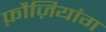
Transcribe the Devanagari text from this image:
फ़ौज़ियांग